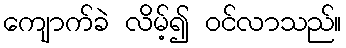
ကျောက်ခဲ လိမ့်၍ ဝင်လာသည်။